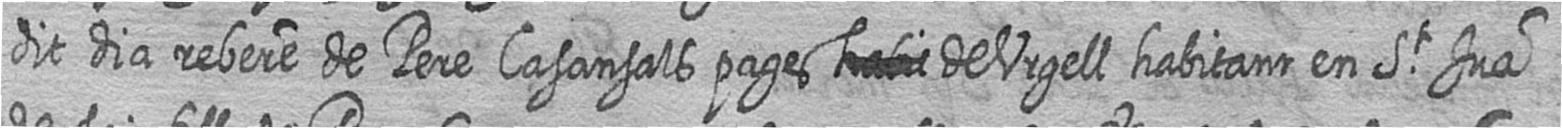
dit dia rebere de Pere Casansals pages # de Urgell habitant en St Jua